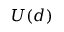
U ( d )